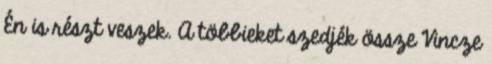
Én is részt veszek. A többieket szedjék össze Vincze